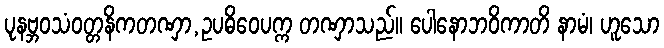
ပုနဗ္ဘဝသံဝတ္တနိကတဏှာ,ဥပဓိဝေပက္က တဏှာသည်။ ပေါနောဘဝိကာတိ နာမံ၊ ဟူသော